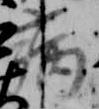
病